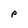
Character: p